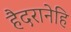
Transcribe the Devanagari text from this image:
हैदरानेहि